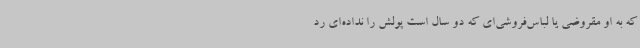
که به او مقروضی یا لباس‌فروشی‌ای که دو سال است پولش را نداده‌ای رد